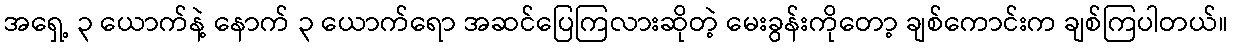
အရှေ့ ၃ ယောက်နဲ့ နောက် ၃ ယောက်ရော အဆင်ပြေကြလားဆိုတဲ့ မေးခွန်းကိုတော့ ချစ်ကောင်းက ချစ်ကြပါတယ်။